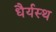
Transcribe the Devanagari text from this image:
धैर्यस्थ